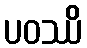
ပဝဿိ